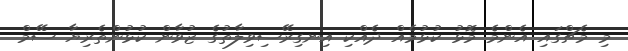
މި މެޗްގައި އެންމެ މޮޅު ކުޅުމެއް ދެއްކި އިނގިރޭސިވިލާތުގެ ޒުވާން ކުޅުންތެރިޔާ ސޭމް